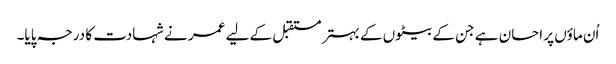
اُن ماؤں پر احسان ہے جن کے بیٹوں کے بہتر مستقبل کے لیے عمر نے شہادت کا درجہ پایا۔